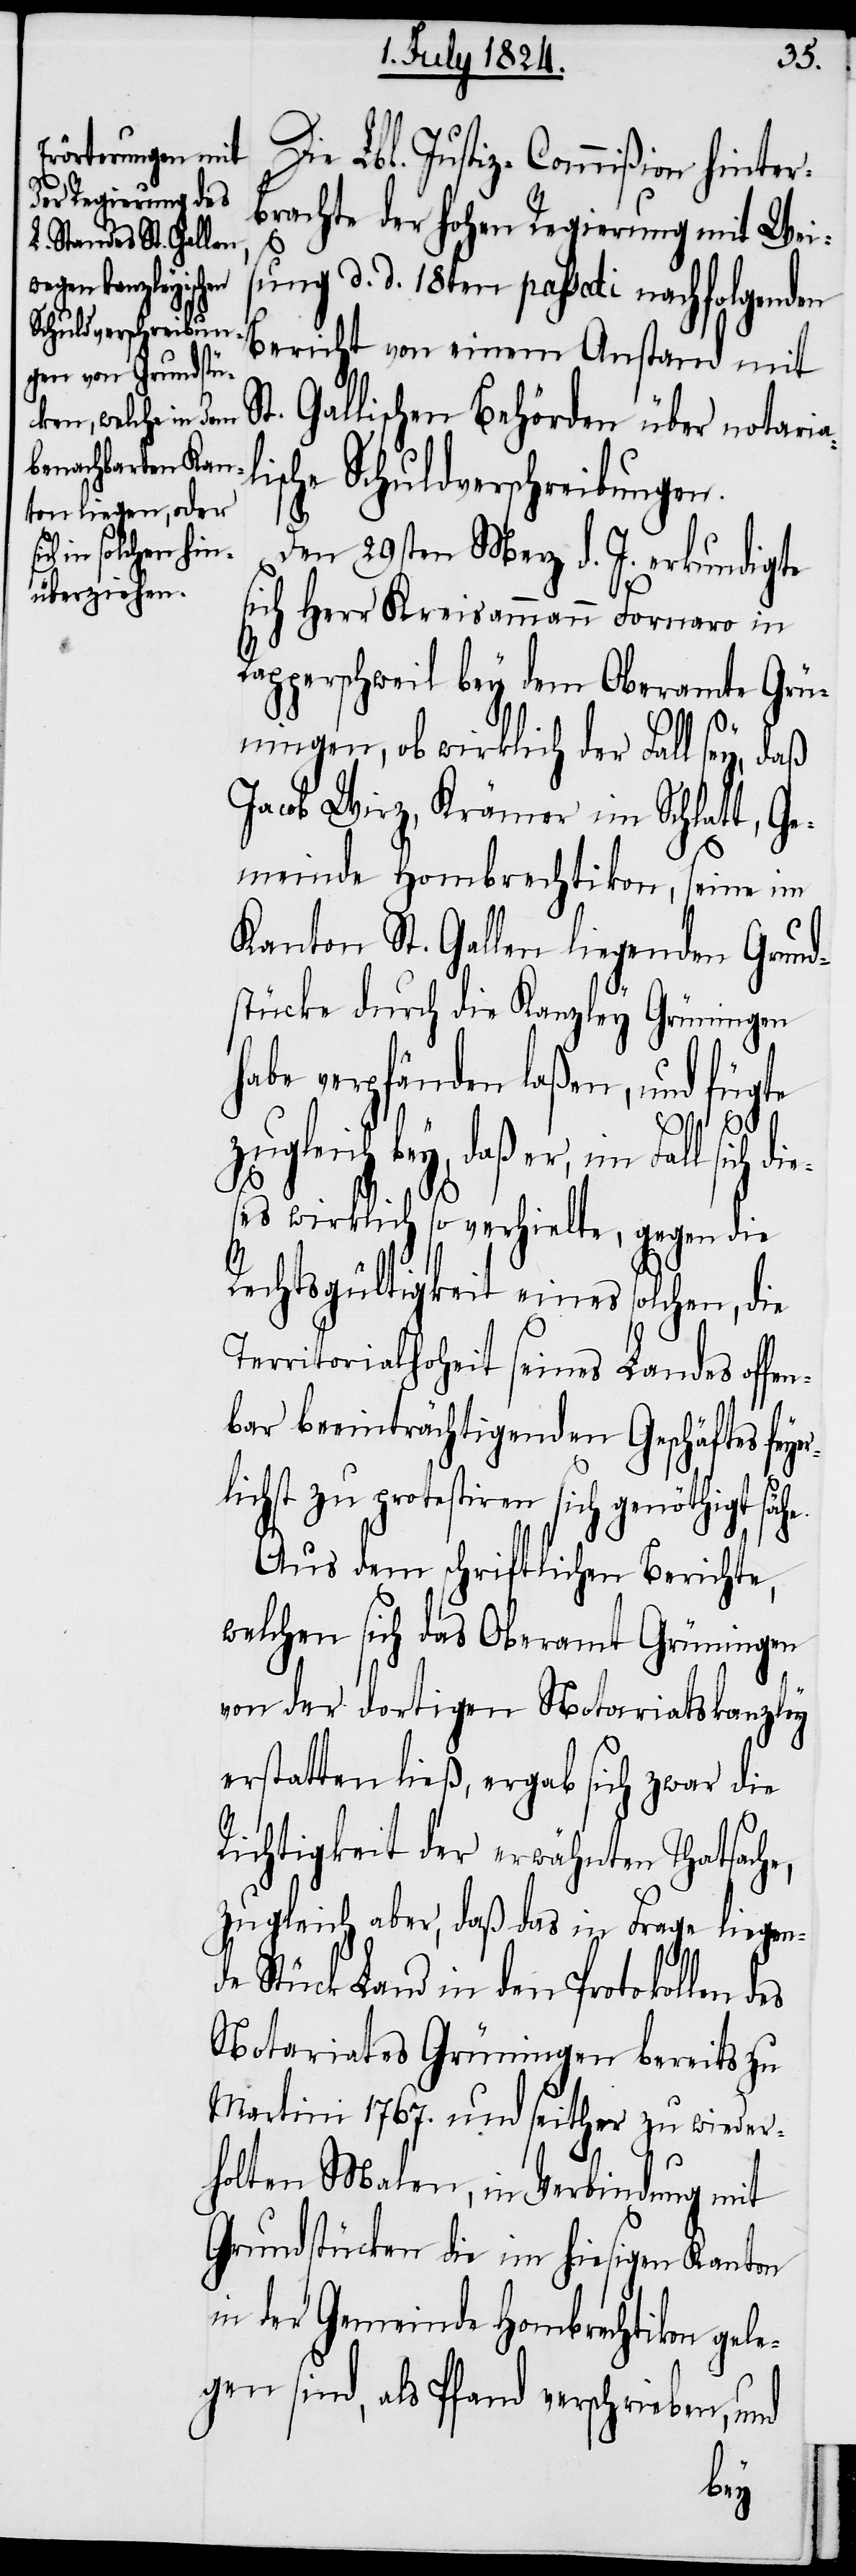
S¬
Die Lbl. Justiz-Commißion hinter¬
brachte der hohen Regierung mit Weis¬
ung d. d. 18ten passati nachfolgenden
Bericht von einem Anstand mit
t. Gallischen Behörden über notaria¬
ische Schuldverschreibungen.
Den 29sten Merz d. J. erkundigte
sich Herr Kreisammann Fornaro in
Rapperschweil bey dem Oberamte Grün¬
ingen, ob wirklich der Fall sey, daß
Jacob Wirz, Krämer im Schlatt, Ge¬
meinde Hombrechtikon, seine im
Kanton St. Gallen liegenden Grund¬
stücke durch die Kanzley Grüningen
habe verpfänden laßen, und
fügte
sich die¬
ses wirklich so verhielte, gegen die
Rechtsgültigkeit eines solchen, die
Territorialhoheit seines Landes offen¬
bar beeinträchtigenden Geschäftes feyer¬
lichst zu protestiren sich genöthigt sähe.
Aus dem schriftlichen Berichte,
welchen sich das Oberamt Grüningen
von der dortigen Notariatskanzley
erstatten ließ, ergab sich zwar die
Richtigkeit der erwähnten Thatsache,
zugleich aber, daß das in Frage liegen¬
de Stück Land in den Protokollen
Notariates Grüningen bereits zu
Martini 1767. und seither zu wieder¬
holten Malen, in Verbindung mit
Grundstücken die im hiesigen Kanton
in der Gemeinde Hombrechtikon ge¬
gen sind, als Pfand verschrieben, und
le¬